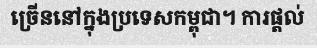
ច្រើននៅក្នុងប្រទេសកម្ពុជា។ ការផ្តល់